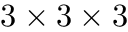
3 \times 3 \times 3